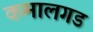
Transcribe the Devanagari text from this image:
कमालगड